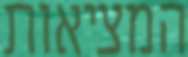
המציאות